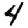
Digit: 4